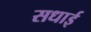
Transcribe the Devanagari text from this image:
सधाई